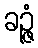
ခဉ္ဇံ